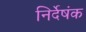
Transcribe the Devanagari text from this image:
निर्देषंक